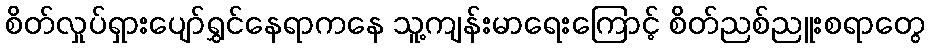
စိတ်လှုပ်ရှားပျော်ရွှင်နေရာကနေ သူ့ကျန်းမာရေးကြောင့် စိတ်ညစ်ညူးစရာတွေ